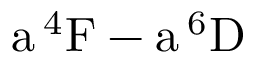
\mathrm { a \, ^ { 4 } F - a \, ^ { 6 } D }